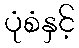
ပုံစံနှင့်